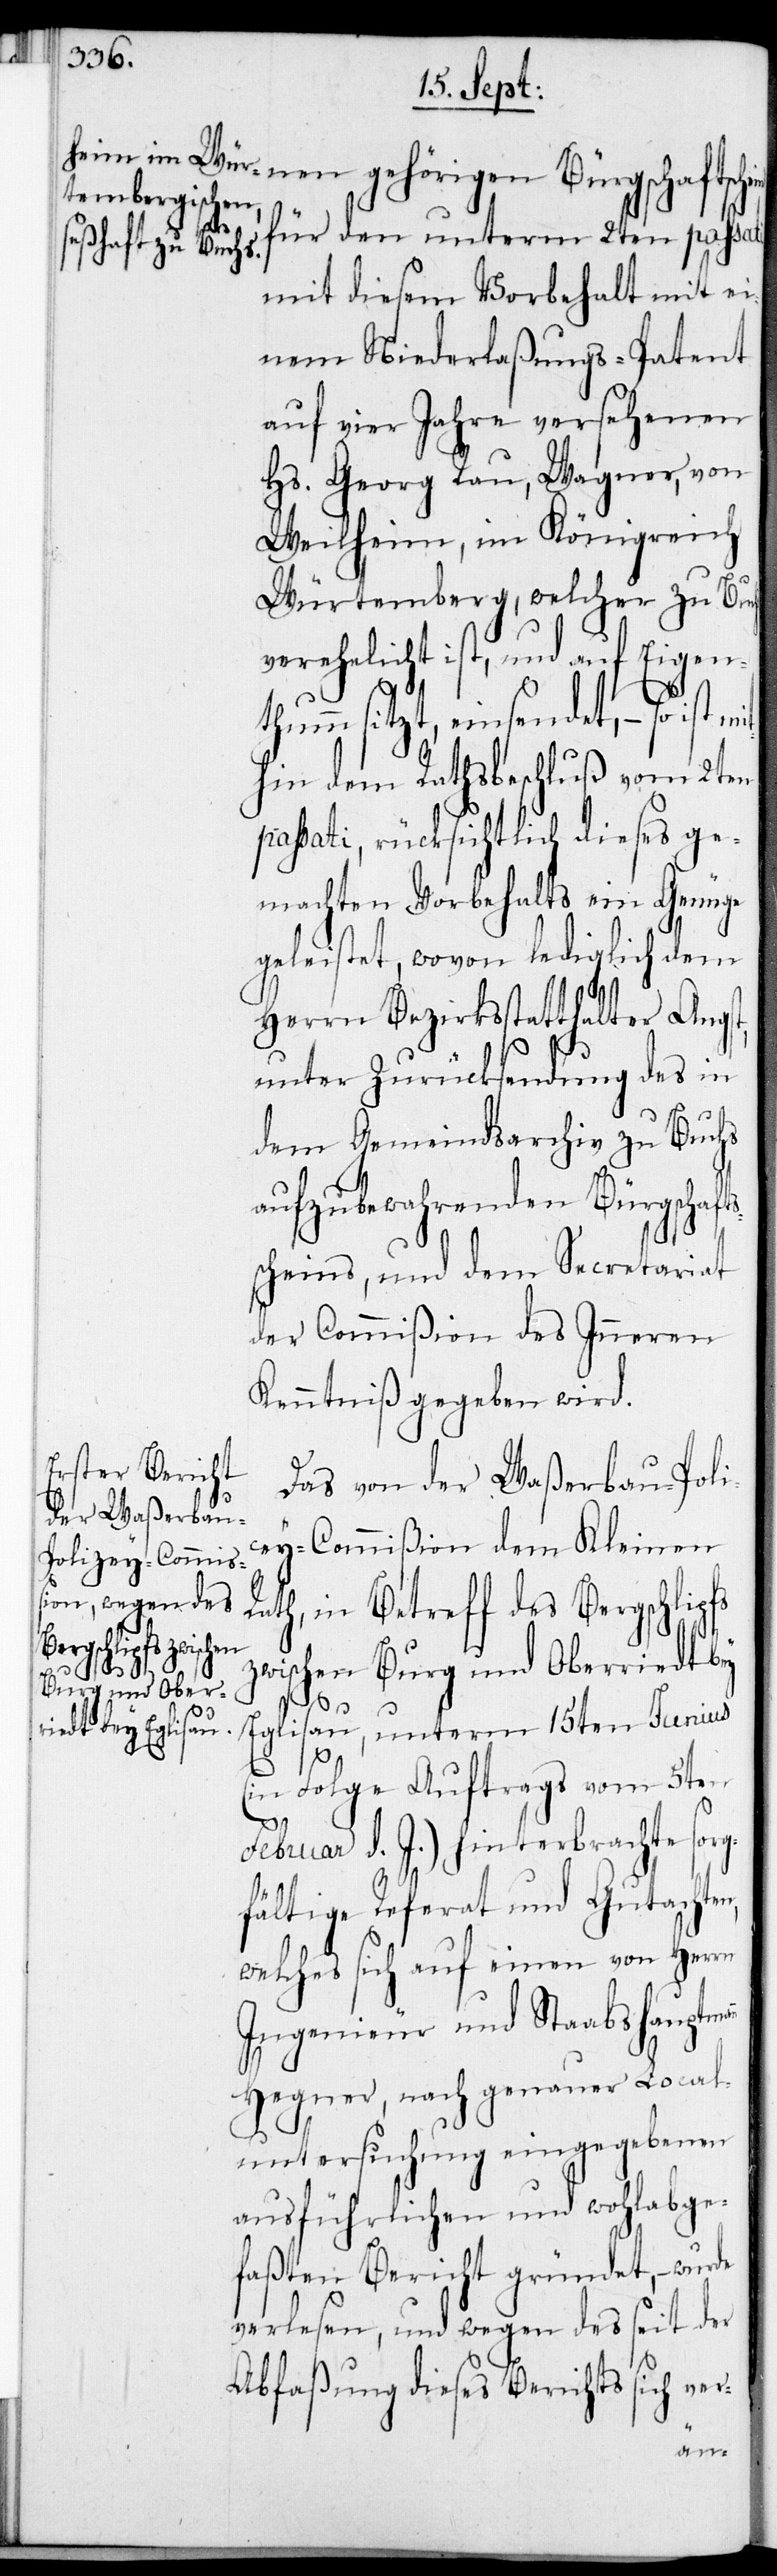
ist mit¬
nen gehörigen Bürgschafts¬
für den unterm 2ten passati
mit diesem Vorbehalt mit ei¬
nem Niederlaßungs-Patent
auf vier Jahre versehenen
Hs. Georg Rau, Wagner, von
Weilheim, im Königreich
Würtemberg, welcher zu Buchs
verehelicht ist, und auf Eigent¬
humm sitzt, einsendet, – so
hin dem Rathsbeschluß vom 2ten
passati, rücksichtlich dieses ge¬
machten Vorbehalts ein Genüge
geleistet, wovon lediglich dem
Herrn Bezirksstatthalter Angst,
unter Zurücksendung des in
dem Gemeindsarchiv zu Buchs
aufzubewahrenden Bürgsch¬
scheins, und dem Secretariat
der Commißion des Inneren
Kenntniß gegeben wird.
Das von der Waßerbau-Poli¬
cey-Commißion dem Kleinen
Rath, in Betreff des Bergschlipfs
zwischen Burg und Oberriedt bey
schein
Eglisau, unterm 15ten Junius
z¬
(in Folge Auftrags vom 5ten
Februar d. J.) hinterbrachten sorg¬
fältige Referat und Gutachten,
welches sich auf einen von Herrn
Ingenieur und Staabshauptm¬
Hegner, nach genauer Local¬
untersuchung eingegebenen
ausführlichen und wohlabge¬
faßten Bericht gründet, – wurde
verlesen, und wegen des seit der
Abfaßung dieses Berichts sich ver-
ann